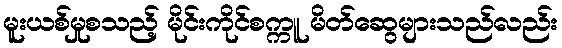
မူးယစ်မှုစသည့် မိုင်းကိုင်စက္ကူ မိတ်ဆွေများသည်လည်း